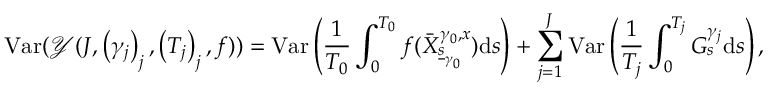
\mathrm { V a r } ( \mathcal { Y } ( J , \left( \gamma _ { j } \right) _ { j } , \left( T _ { j } \right) _ { j } , f ) ) = \mathrm { V a r } \left( \frac { 1 } { T _ { 0 } } \int _ { 0 } ^ { T _ { 0 } } f ( \bar { X } _ { \underline { { s } } _ { \gamma _ { 0 } } } ^ { \gamma _ { 0 } , x } ) \mathrm { d } s \right) + \sum _ { j = 1 } ^ { J } \mathrm { V a r } \left( \frac { 1 } { T _ { j } } \int _ { 0 } ^ { T _ { j } } G _ { s } ^ { \gamma _ { j } } \mathrm { d } s \right) ,